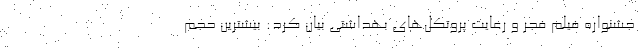
جشنواره فیلم فجر و رعایت پروتکل‌های بهداشتی بیان کرد: بیشترین حجم